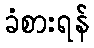
ခံစားရန်